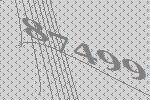
87499